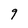
Character: 9